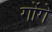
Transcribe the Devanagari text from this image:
गोंगे